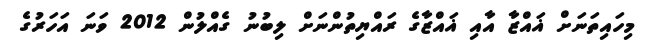
މިހައިތަނަށް ޣައްޒާ އާއި ޣައްޒާގެ ރައްޔިތުންނަށް ލިބުނު ގެއްލުން 2012 ވަނަ އަހަރުގެ